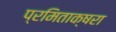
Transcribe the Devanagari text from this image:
प्रमिताक्षरा